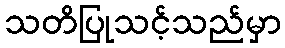
သတိပြုသင့်သည်မှာ